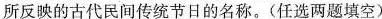
所反映的古代民间传统节日的名称。(任选两题填空)